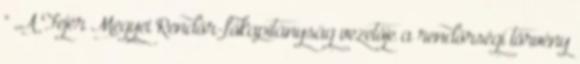
" ,,A Fejér Megyei Rendőr-főkapitányság vezetője a rendőrségi törvény